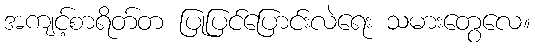
အကျင့်စာရိတ်တ ပြုပြင်ပြောင်းလဲရေး သမားတွေလေ။